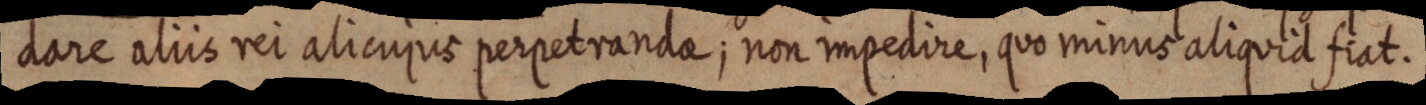
dare aliis rei alicujus perpetrandae; non impedire, quo minus aliquid fiat.